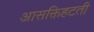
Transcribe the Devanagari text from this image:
आसक्तिहटती